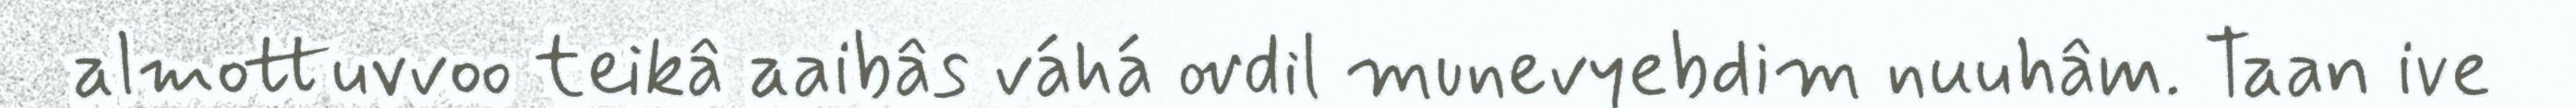
almottuvvoo teikâ aaibâs váhá ovdil munevyebdim nuuhâm. Taan ive